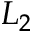
L _ { 2 }